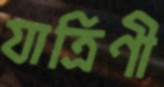
যাত্রিণী